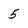
Character: 5